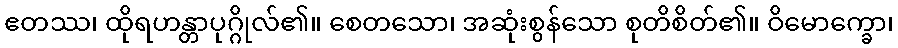
ဧတဿ၊ ထိုရဟန္တာပုဂ္ဂိုလ်၏။ စေတသော၊ အဆုံးစွန်သော စုတိစိတ်၏။ ဝိမောက္ခော၊